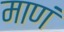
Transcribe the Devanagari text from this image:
माणं